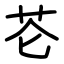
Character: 芲